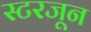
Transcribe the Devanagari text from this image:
स्टरजून